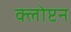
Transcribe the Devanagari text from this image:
क्लोप्टन